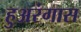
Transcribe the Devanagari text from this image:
हुअरंगास